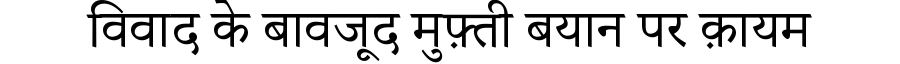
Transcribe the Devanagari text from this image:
विवाद के बावजूद मुफ़्ती बयान पर क़ायम